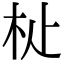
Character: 𣏡